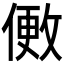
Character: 𬿒